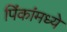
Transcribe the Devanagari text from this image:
पिंकांमध्ये